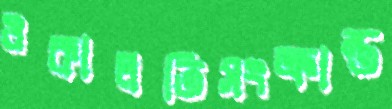
ওকালতিসংক্রান্ত